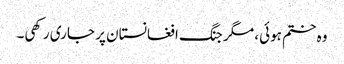
وہ ختم ہوئی، مگر جنگ افغانستان پر جاری رکھی۔